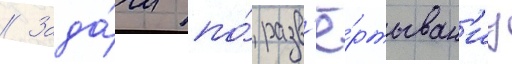
// Зада́чи по́ разв'ё́ртыван'иу